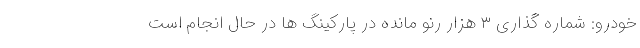
خودرو: شماره گذاری ۳ هزار رنو مانده در‌ پارکینگ ها در حال انجام است